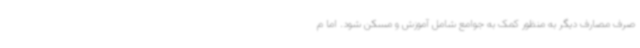
صرف مصارف دیگر به منظور کمک به جوامع شامل آموزش و مسکن شود. اما م